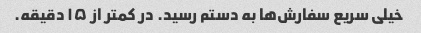
خیلی سریع سفارش‌ها به دستم رسید. در کمتر از ۱۵ دقیقه.